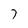
Character: 7